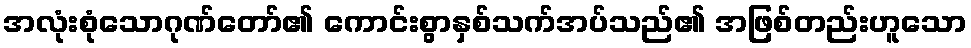
အလုံးစုံသောဂုဏ်တော်၏ ကောင်းစွာနှစ်သက်အပ်သည်၏ အဖြစ်တည်းဟူသော